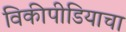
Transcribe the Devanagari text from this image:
विकीपीडियाचा